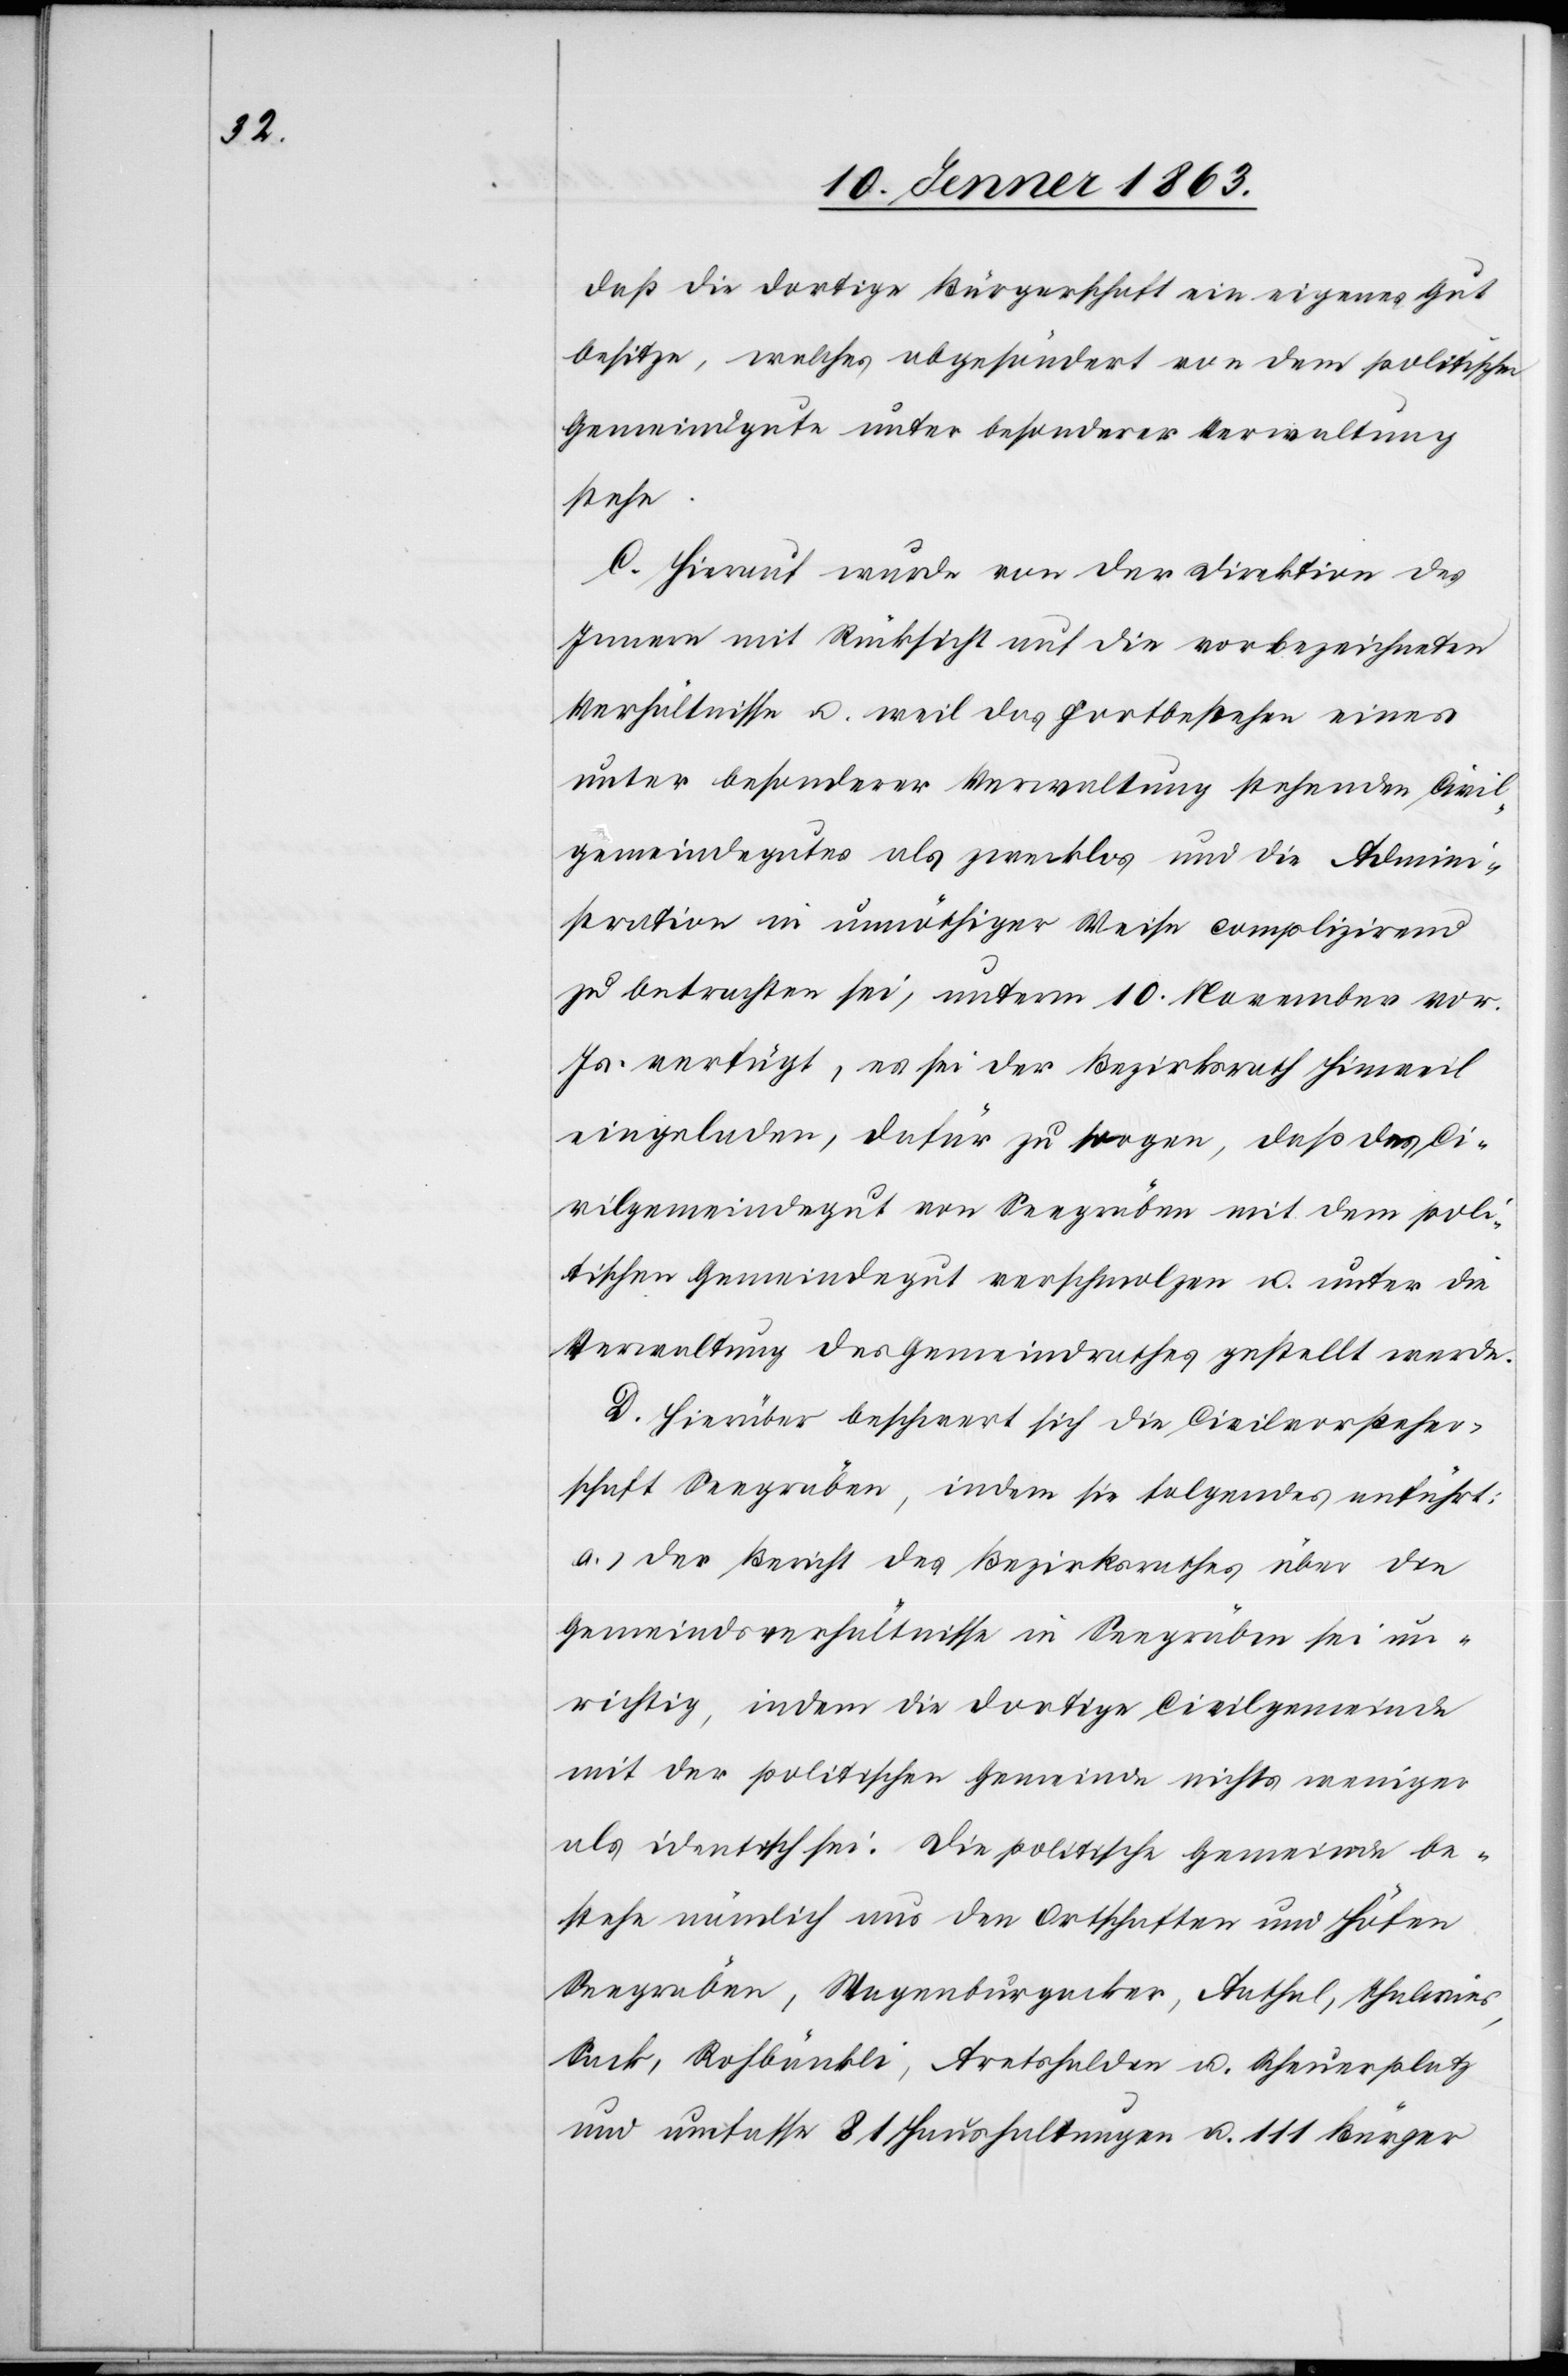
daß die dortige Bürgerschaft ein eigenes Gut
besitze, welches abgesöndert von dem politischen
Gemeindgute unter besonderer Verwaltung
stehe.
C. Hierauf wurde von der Direktion des
Innern mit Rücksicht auf die vorbezeichneten
Verhältnisse u. weil das Fortbestehen eines
unter besonderer Verwaltung stehenden Civil¬
gemeindegutes als zwecklos und die Admini¬
stration in unnöthiger Weise complizirend
zu betrachten sei, unterm 10. November vor.
Js. verfügt, es sei der Bezirksrath Hinweil
eingeladen, dafür zu sorgen, daß das Ci¬
vilgemeindegut von Seegräben mit dem poli¬
tischen Gemeindegut verschmolzen u. unter die
Verwaltung des Gemeindrathes gestellt werde.
D. Hierüber beschwert sich die Civilvorsteher¬
schaft Seegräben, indem sie folgendes anführt:
a.) der Bericht des Bezirksrathes über die
Gemeindsverhältnisse in Seegräben sei un¬
richtig, indem die dortige Civilgemeinde
mit der politischen Gemeinde nichts weniger
als identisch sei. Die politische Gemeinde be¬
stehe nämlich aus den Ortschaften und Höfen
Seegräben, Wagenburgacker, Aathal, Thalwies,
Sack, Rohbänkli, Aretshalden u. Scheuerplatz
und umfasse 81 Haushaltungen u. 111 Bürger